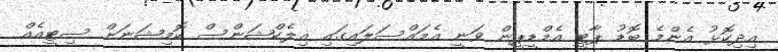
އިދިކޮޅު އެންމެ ބޮޑު ޕާޓީ އެމްޑީޕީން ވަނީ އެމައްސަލައިގައި އިލެކްޝަންސް ކޮމިޝަނަށް ސިޓީއެއް